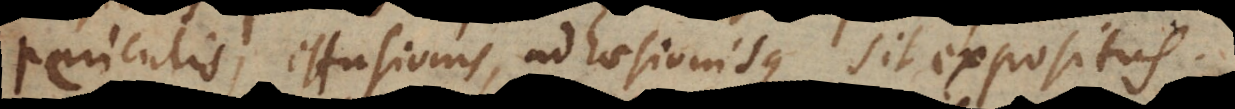
periculis, effusionis, adhaesionisque sit expositus.